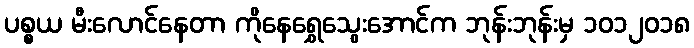
ပစ္စယ မီးလောင်နေတာ ကိုနေရွှေသွေးအောင်က ဘုန်းဘုန်းမှ ၁၀၁၂၀၁၈